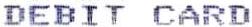
DEBIT CARD